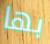
بها